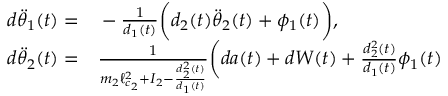
\begin{array} { r l } { d \ddot { \theta } _ { 1 } ( t ) = } & { { } - \frac { 1 } { d _ { 1 } ( t ) } \biggl ( d _ { 2 } ( t ) \ddot { \theta } _ { 2 } ( t ) + \phi _ { 1 } ( t ) \biggr ) , } \\ { d \ddot { \theta } _ { 2 } ( t ) = } & { { } \frac { 1 } { m _ { 2 } \ell _ { c _ { 2 } } ^ { 2 } + I _ { 2 } - \frac { d _ { 2 } ^ { 2 } ( t ) } { d _ { 1 } ( t ) } } \biggl ( d a ( t ) + d W ( t ) + \frac { d _ { 2 } ^ { 2 } ( t ) } { d _ { 1 } ( t ) } \phi _ { 1 } ( t ) } \end{array}